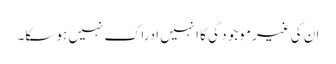
ان کی غیرمو جو د گی کا انہیں ادراک نہیں ہو سکا۔